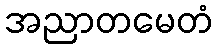
အညာတမေတံ